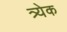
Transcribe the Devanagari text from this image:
त्र्येक